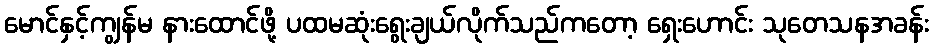
မောင်နှင့်ကျွန်မ နားထောင်ဖို့ ပထမဆုံးရွေးချယ်လိုက်သည်ကတော့ ရှေးဟောင်း သုတေသနအခန်း